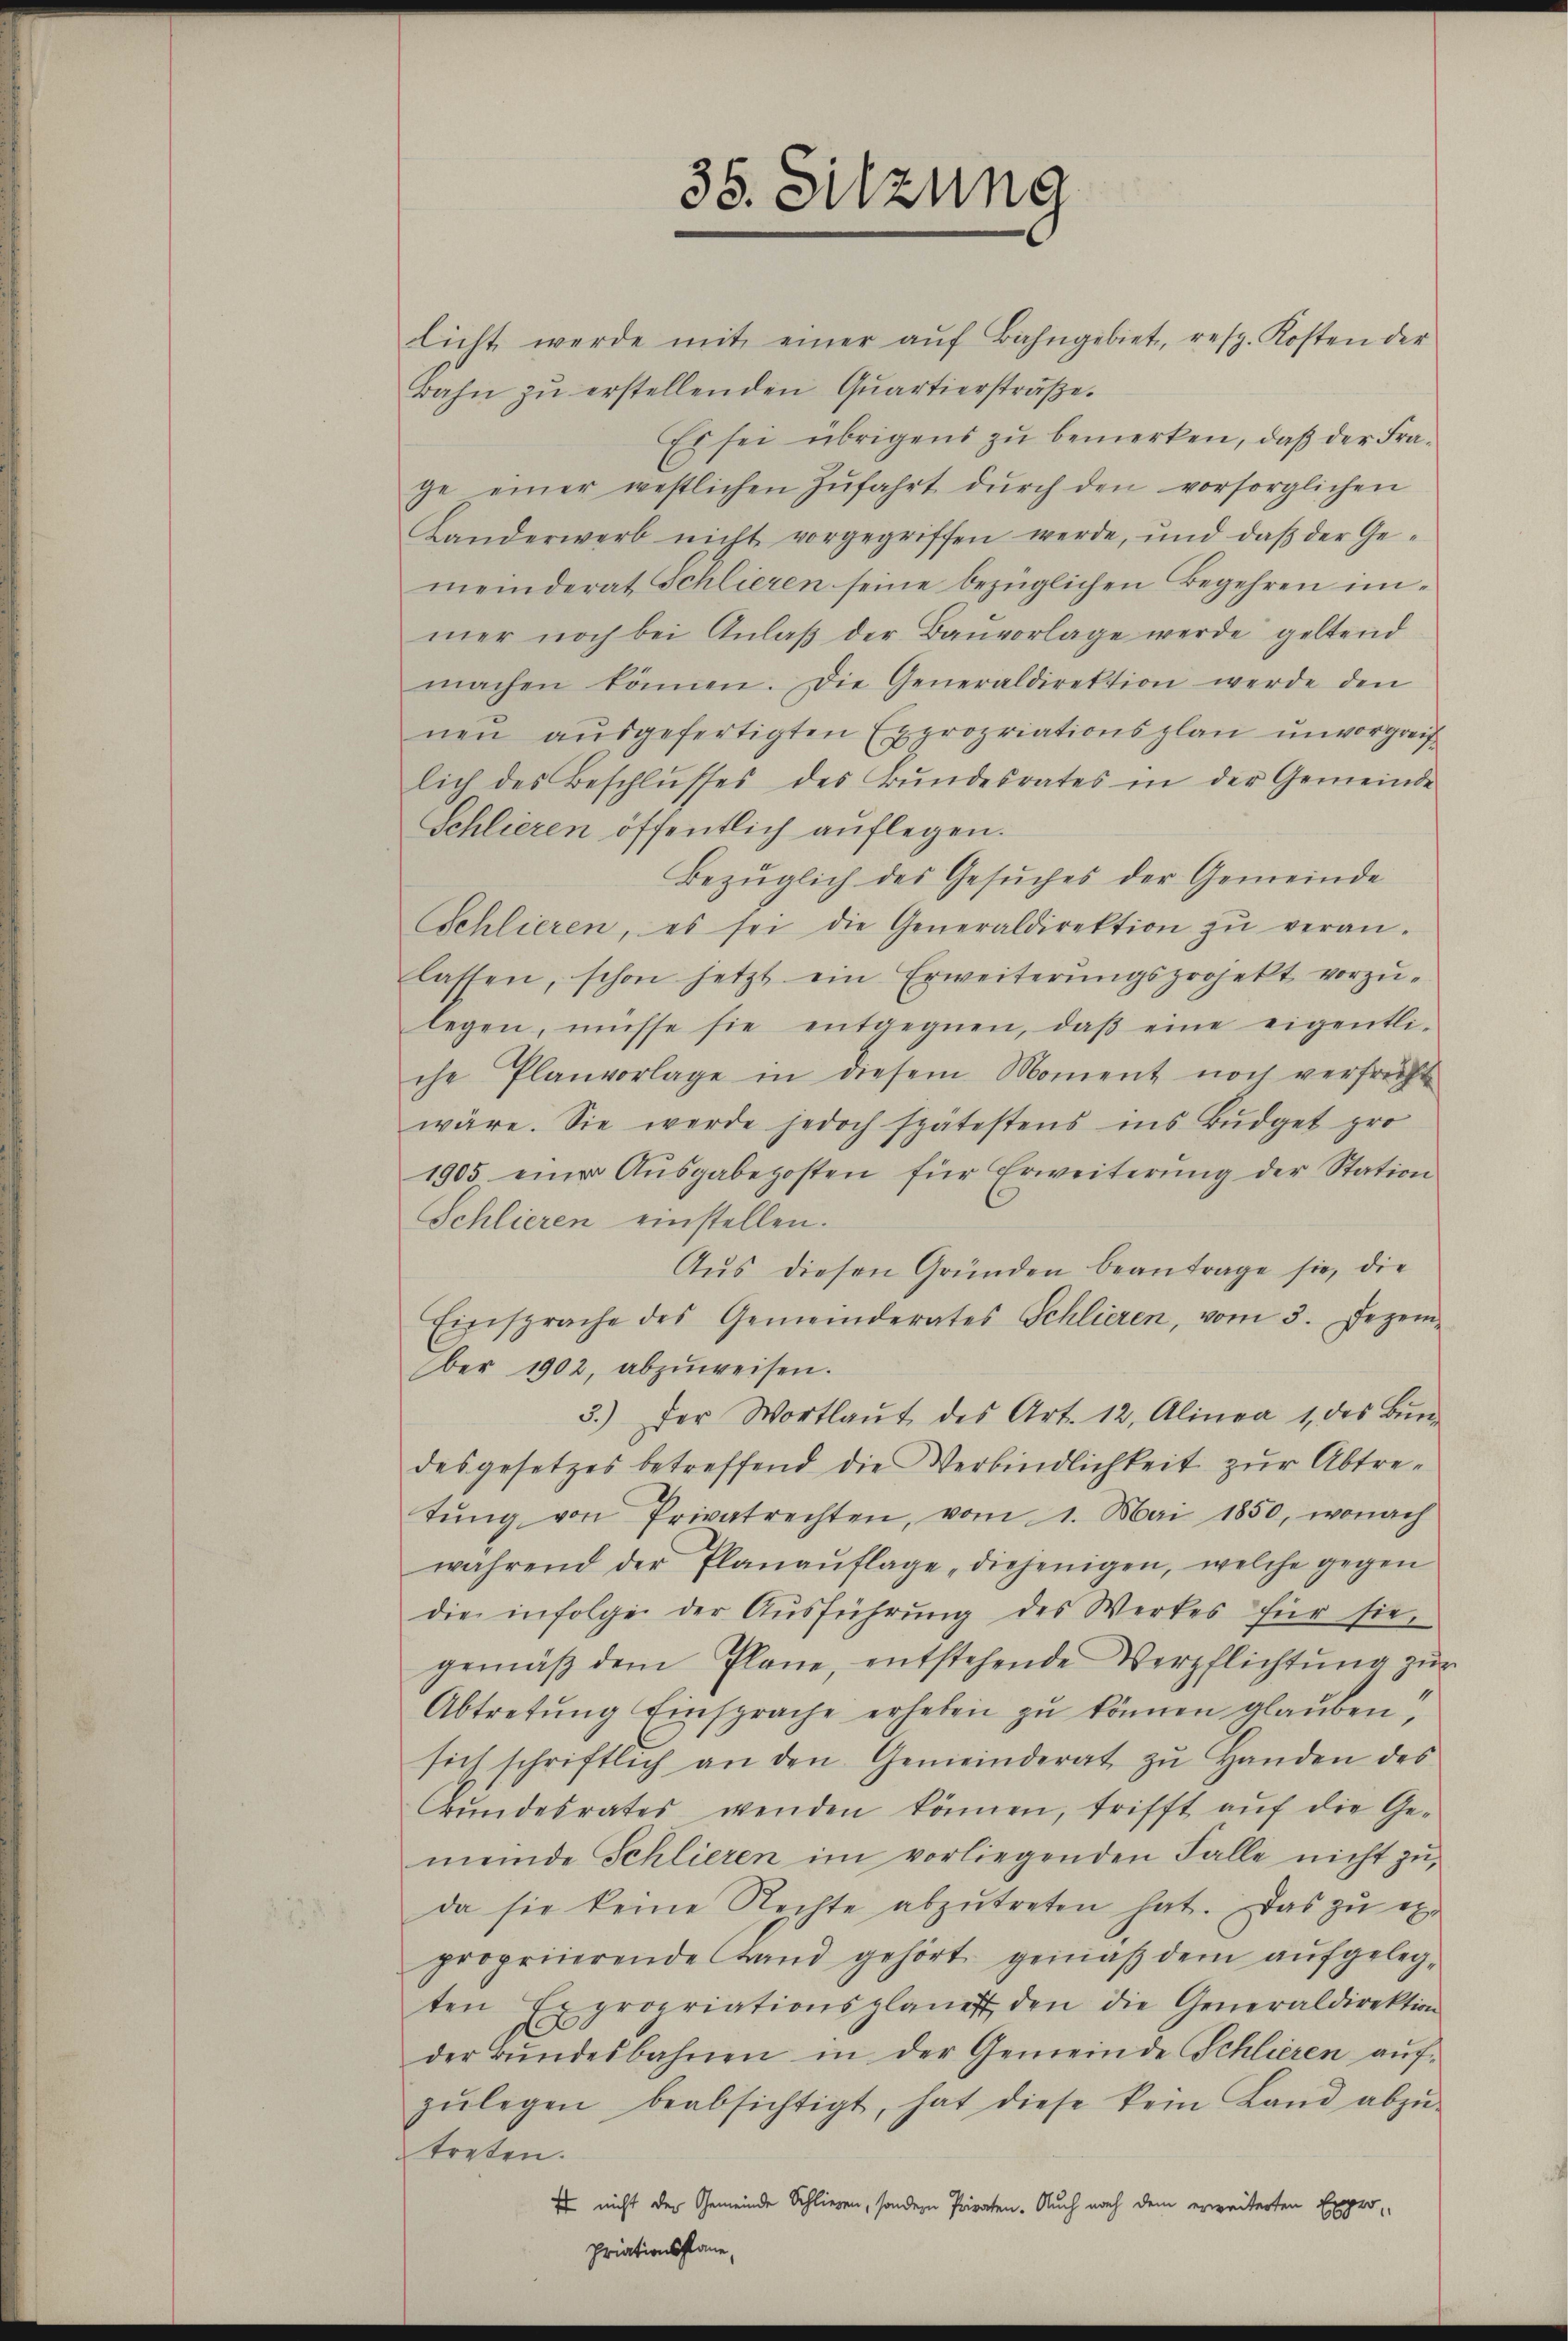
licht werde mit einer aŭf Bahngebiet, resp. Kosten der
Bahn zŭ erstellenden Qŭartierstraβe.
Es sei übrigens zu bemerken, daß der Frage einer westlichen Zŭfahrt dŭrch den vorsorglichen
Landerwerb nicht vorgegriffen werde, und daβ der Ge-
meinderat Schlieren seine bezüglichen Begehren immer noch bei Anlaβ der Baŭvorlage werde geltend
machen können. Die Generaldirektion werde den
nen ausgefertigten Expropriationsplan unvorgreiflich des Beschlŭsses des Bŭndesrates in der Gemeinde
Schlieren öffentlich auflegen.
Bezüglich des Gesŭches der Gemeinde
Schlieren, es sei die Generaldirektion zŭ veran-
lassen, schon jetzt ein Erweiterŭngsprojekt vorzŭ-
legen, müsse sie entgegnen, daβ eine eigentli-
che Planvorlage in diesem Moment noch verfrücht
wäre. Sie werde jedoch spätestens ins Budget pro
1905 einer Aŭsgabeposten für Erweiterŭng der Station
Schlieren einstellen.
Aŭs diesen Gründen beantrage sie, die
Einsprache des Gemeinderates Schlieren, vom 3. Dezember 1902, abzuweisen.
3.) Der Wortlaŭt des Art. 12. Alinea 1 des Bŭn-
desgesetzes betreffend die Verbindlichkeit zur Abtretŭng von Privatrechten, vom 1. Mai 1850, wonach
während der Planaŭflage „diejenigen, welche gegen
die infolge der Aŭsführŭng des Werkes für sie
gemäβ dem Plane, entstehende Verpflichtŭng zŭr
Abtretŭng Einsprache erheben zŭ können glauben,
sich schriftlich an den Gemeinderat zŭ Handen des
rŭndesrates wenden können, trifft auf die Ge-
meinde Schlieren im vorliegenden Falle nicht zŭ,
da sie keine Rechte abzŭtreten hat. Das zŭ ex-
propriierende Land gehört gemäβ dem aŭfgeleg-
ten Expropriationsplanett, den die Generaldirektion
der Bŭndesbahnen in der Gemeinde Schlieren aŭf-
zŭlegen beabsichtigt, hat diese kein Land abzŭ-
treten.
Es nicht der Gemeinde Schliesen, sondern Privaten. Auch nach dem erweiterten Expro-
priationsplane,

35. Sitzung